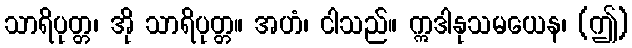
သာရိပုတ္တ၊ အို သာရိပုတ္တ။ အဟံ၊ ငါသည်။ ဣဒါနုသမယေန၊ (ဤ)